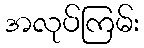
အလုပ်ကြမ်း